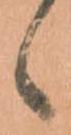
候